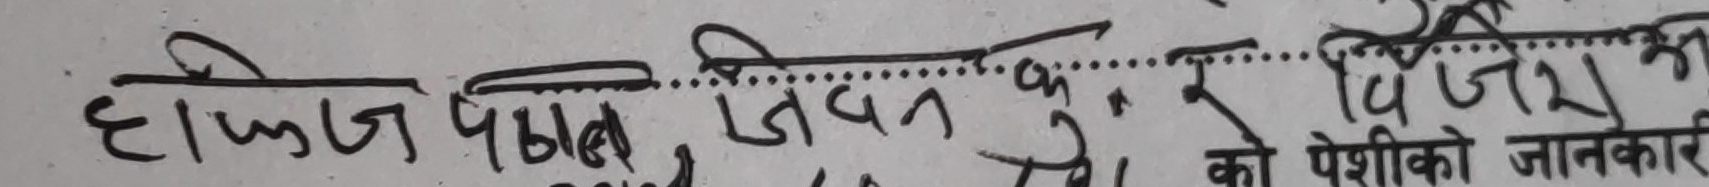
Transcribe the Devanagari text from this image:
हाफिज पावन जीवन को पेशीको जानकारी